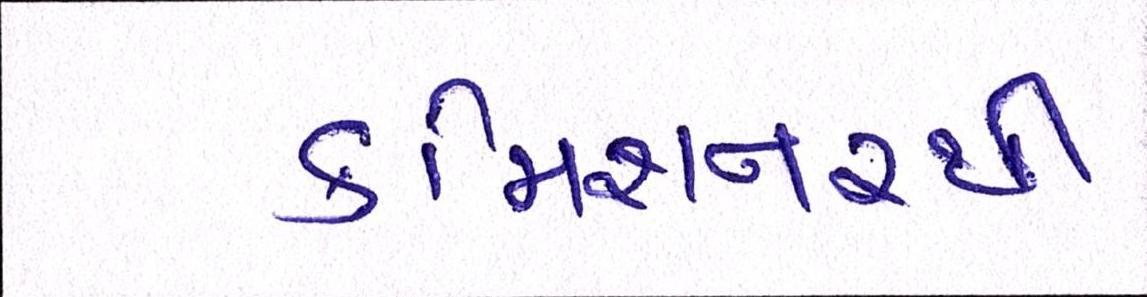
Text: કમિશનરથી